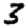
Digit: 3